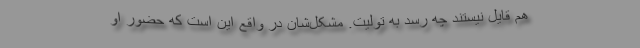
هم قایل نیستند چه رسد به تولیت. مشکل‌شان در واقع این است که حضور او